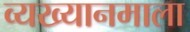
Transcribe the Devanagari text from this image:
व्यख्यानमाला